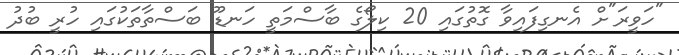
"ހަވީރަ"ށް އެނގިފައިވާ ގޮތުގައި 20 ކިލޯގެ ބާސްމަތީ ހަނޑޫ ބަސްތާތަކުގައި ހުރީ ބުދު